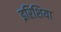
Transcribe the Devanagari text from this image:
इरिशिया